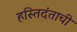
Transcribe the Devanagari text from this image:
हस्तिदंताची